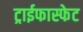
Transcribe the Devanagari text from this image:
ट्राईफास्फेट